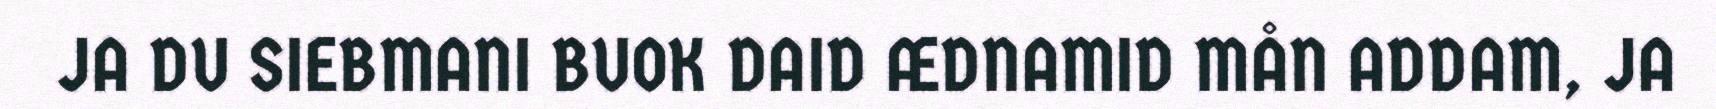
JA DU SIEBMANI BUOK DAID ÆDNAMID MÅN ADDAM, JA